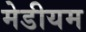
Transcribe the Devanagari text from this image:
मेडीयम